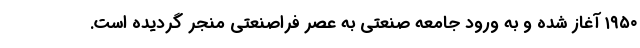
۱۹۵۰ آغاز شده و به ورود جامعه صنعتی به عصر فراصنعتی منجر گردیده است.